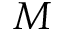
M